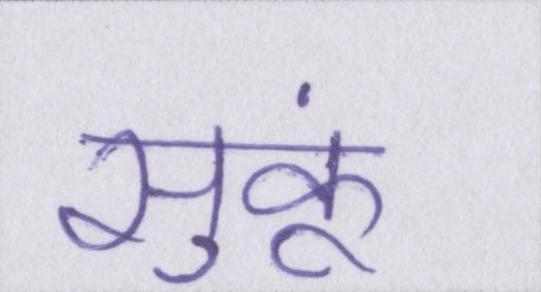
सुकूं